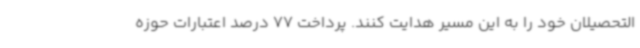
التحصیلان خود را به این مسیر هدایت کنند. پرداخت 77 درصد اعتبارات حوزه